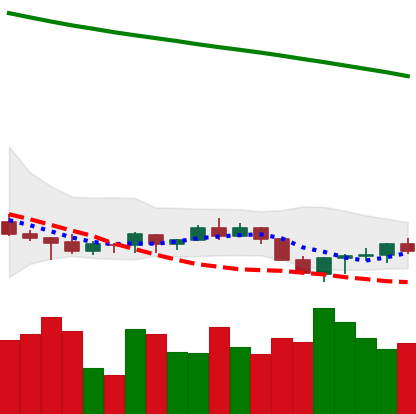
Ticker: ADA-USD
Chart end date: 2022-07-17
Forward return: 8.18%
Label: up_7plus